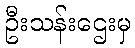
ဦးသန်းဌေးမှ